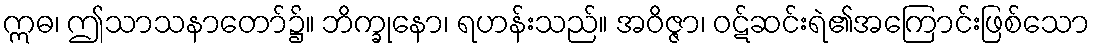
ဣဓ၊ ဤသာသနာတော်၌။ ဘိက္ခုနော၊ ရဟန်းသည်။ အဝိဇ္ဇာ၊ ဝဋ်ဆင်းရဲ၏အကြောင်းဖြစ်သော